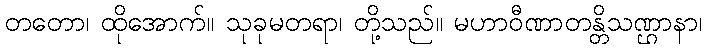
တတော၊ ထိုအောက်။ သုခုမတရာ၊ တို့သည်။ မဟာဝီဏာတန္တိသဏ္ဌာနာ၊